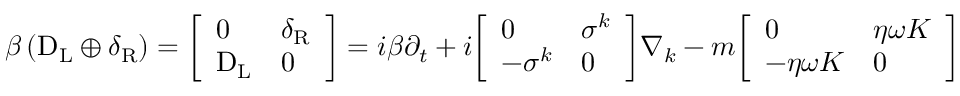
\beta \left( \mathrm { D } _ { \mathrm { { L } } } \oplus \delta _ { \mathrm { { R } } } \right) = { \left[ \begin{array} { l l } { 0 } & { \delta _ { \mathrm { { R } } } } \\ { \mathrm { D } _ { \mathrm { { L } } } } & { 0 } \end{array} \right] } = i \beta \partial _ { t } + i { \left[ \begin{array} { l l } { 0 } & { \sigma ^ { k } } \\ { - \sigma ^ { k } } & { 0 } \end{array} \right] } \nabla _ { k } - m { \left[ \begin{array} { l l } { 0 } & { \eta \omega K } \\ { - \eta \omega K } & { 0 } \end{array} \right] }